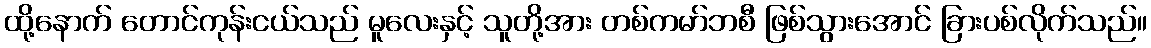
ထို့နောက် တောင်ကုန်းငယ်သည် မူလေးနှင့် သူတို့အား တစ်ကမာ်ဘစီ ဖြစ်သွားအောင် ခြားပစ်လိုက်သည်။